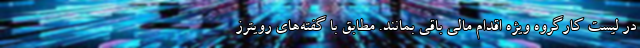
در لیست کارگروه ویژه اقدام مالی باقی بمانند. مطابق با گفته‌های رویترز